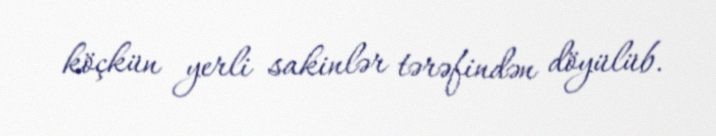
köçkün yerli sakinlər tərəfindən döyülüb.